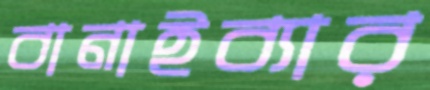
বানাইব্যার